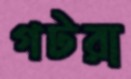
গটরা